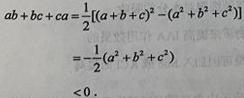
\[
\begin{align*}
ab + bc + ca&=\frac{1}{2}[(a + b + c)^2-(a^2 + b^2 + c^2)]\\
&=-\frac{1}{2}(a^2 + b^2 + c^2)\\
&<0.
\end{align*}
\]